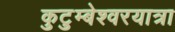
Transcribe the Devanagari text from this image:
कुटुम्बेश्वरयात्रा